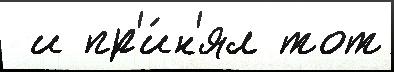
 и пр'и́н'ял тот